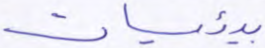
بيئيات